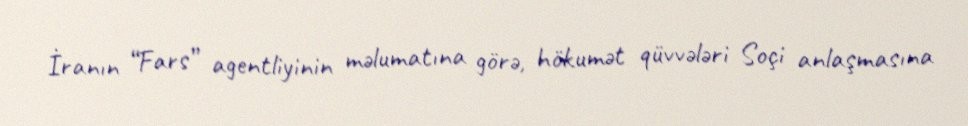
İranın “Fars” agentliyinin məlumatına görə, hökumət qüvvələri Soçi anlaşmasına